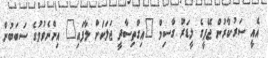
އެއީ ސަރުކާރުން ޖޭޕީގެ ލީޑަރު ގާސިމް "އިގްތިސާދީ ޖަލަކަށް ލާފައި" އިންނެވުމުގެ ސަބަބުން